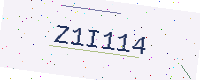
Text: Z1I114